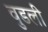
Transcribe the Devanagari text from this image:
वुडली